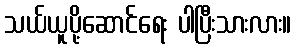
သယ်ယူပို့ဆောင်ရေး ပါပြီးသားလား။